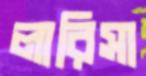
লারিসা